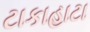
ટાકાહાટા